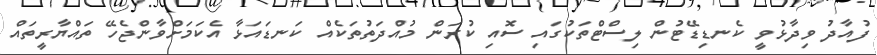
ފުއާދު ވިދާޅުވީ ކެނޑިޑޭޓުން ލިސްޓްތަކުގައި ސޮއި ކުރަން މުއްދަތުތަކެއް ކަނޑައަޅާ އެކަމަށްވާންޖެހޭ ތައްޔާރީތައް